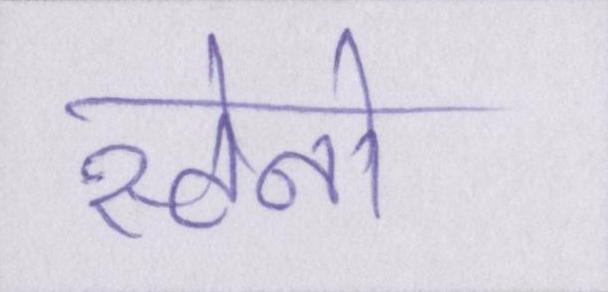
स्टेनो